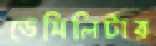
ডেসিলিটার